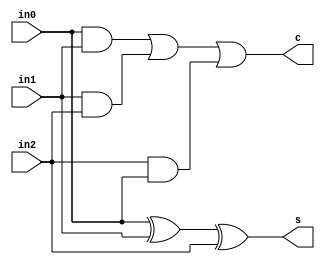
module oh_csa32 #(parameter DW   = 1 // data width
		  )
   ( input [DW-1:0]  in0, //input
     input [DW-1:0]  in1,//input
     input [DW-1:0]  in2,//input
     output [DW-1:0] s, //sum 
     output [DW-1:0] c   //carry
     );

`ifdef CFG_ASIC
   genvar 	     i;
   for (i=0;i<DW;i=i+1)
     begin
	asic_csa32 asic_csa32  (.s(s[i]),
				.c(c[i]),
				.in2(in2[i]),
				.in1(in1[i]),
				.in0(in0[i]));
     end    	 
`else
   assign s[DW-1:0] = in0[DW-1:0] ^ in1[DW-1:0] ^ in2[DW-1:0];
   assign c[DW-1:0] = (in0[DW-1:0] & in1[DW-1:0]) | 
		      (in1[DW-1:0] & in2[DW-1:0]) | 
		      (in2[DW-1:0] & in0[DW-1:0] );
`endif // !`ifdef CFG_ASIC
   
endmodule